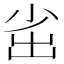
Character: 𡭲